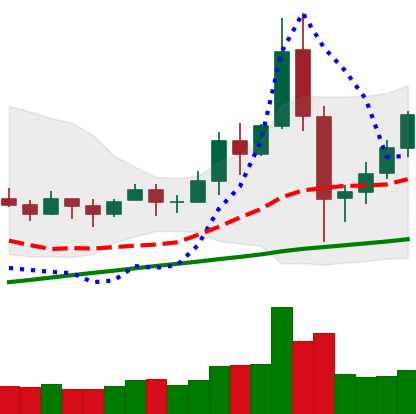
Ticker: BNB-USD
Chart end date: 2020-11-30
Forward return: -5.298%
Label: down_5_7